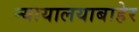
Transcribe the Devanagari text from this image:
न्यायालयाबाहेर